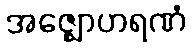
အဇ္ဈောဟရဏံ